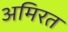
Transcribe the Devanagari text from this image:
अमिरत